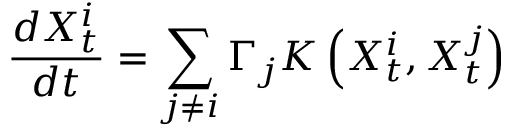
\frac { d X _ { t } ^ { i } } { d t } = \sum _ { j \neq i } \Gamma _ { j } K \left( X _ { t } ^ { i } , X _ { t } ^ { j } \right)